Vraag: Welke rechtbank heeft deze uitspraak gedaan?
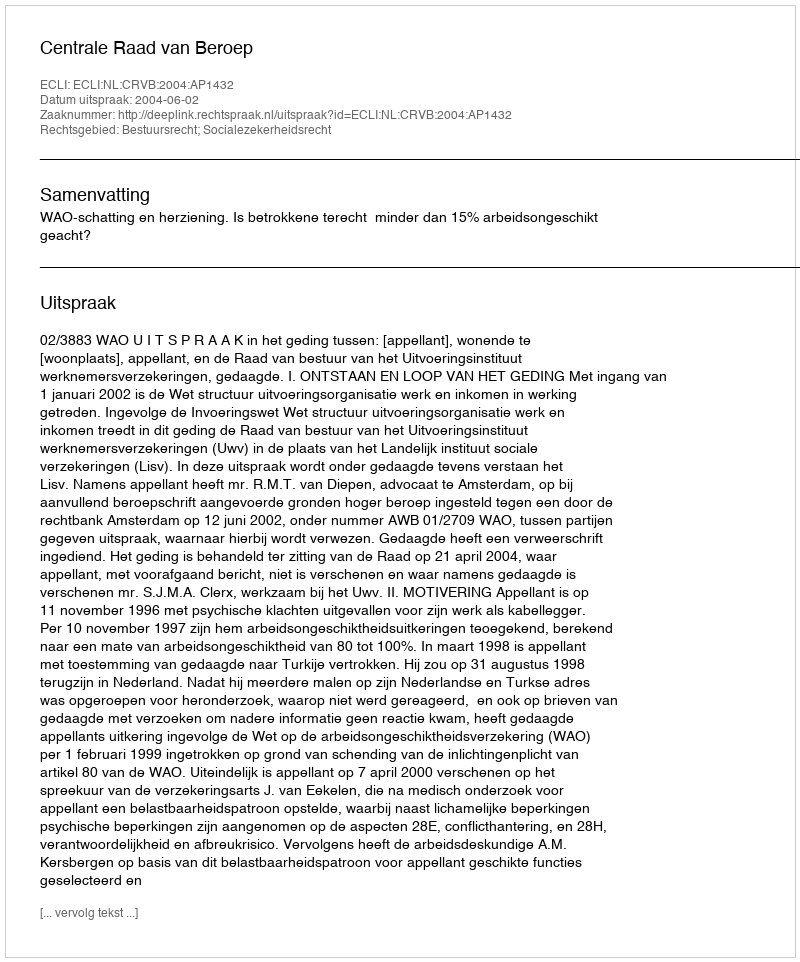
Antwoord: Centrale Raad van Beroep